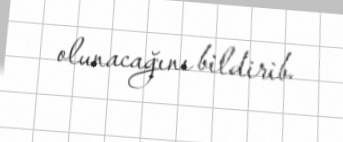
olunacağını bildirib.